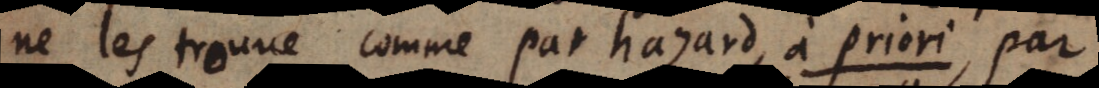
ne les trouve comme par hazard, à priori, par